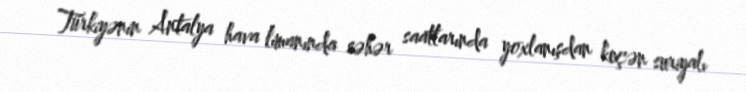
Türkiyənin Antalya hava limanında səhər saatlarında yoxlanışdan keçən suriyalı